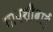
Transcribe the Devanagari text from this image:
मावशीबाई